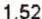
1.52